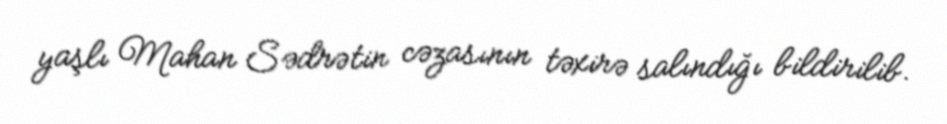
yaşlı Mahan Sədrətin cəzasının təxirə salındığı bildirilib.